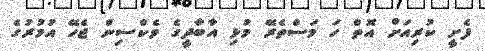
ފެށީ ކުރިއަށް އޮތް ހަ މަސްތެރޭ މުޅި އާބާދީގެ ވެކްސިން ޖެހޭ އުމުރުގެ